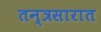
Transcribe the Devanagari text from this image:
तन्त्रसारात